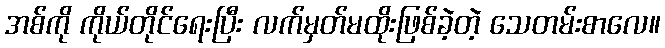
အစ်ကို ကိုယ်တိုင်ရေးပြီး လက်မှတ်မထိုးဖြစ်ခဲ့တဲ့ သေတမ်းစာလေ။